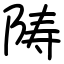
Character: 陦